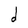
Character: a